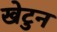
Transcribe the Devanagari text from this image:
खेटुन